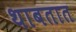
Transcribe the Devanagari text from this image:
थाबतात